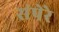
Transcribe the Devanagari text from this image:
संपेरे